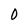
Character: O